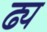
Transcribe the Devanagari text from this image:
ढ्य